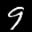
Label: 9